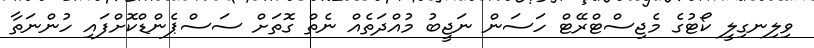
ވިލިނގިލީ ކޯޓުގެ މެޖިސްޓްރޭޓް ހަސަން ނަޖީބު މުއްދަތެއް ނެތް ގޮތަށް ސަސްޕެންޑްކޮށްފައި ހުންނަތާ